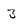
Character: 3